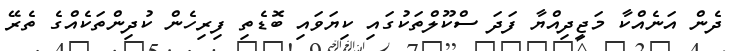
ދެން އަނެއްކާ މަޖީދިއްޔާ ފަދަ ސްކޫލްތަކުގައި ކިޔަވައި ބޮޑެތި ފިރިހެން ކުދިންތަކެއްގެ ތެރޭ